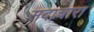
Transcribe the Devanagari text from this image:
सदाचारा